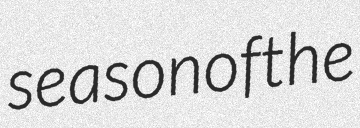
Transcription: season of the